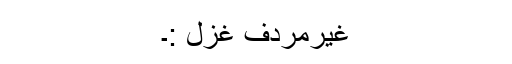
غیرمردف غزل :۔